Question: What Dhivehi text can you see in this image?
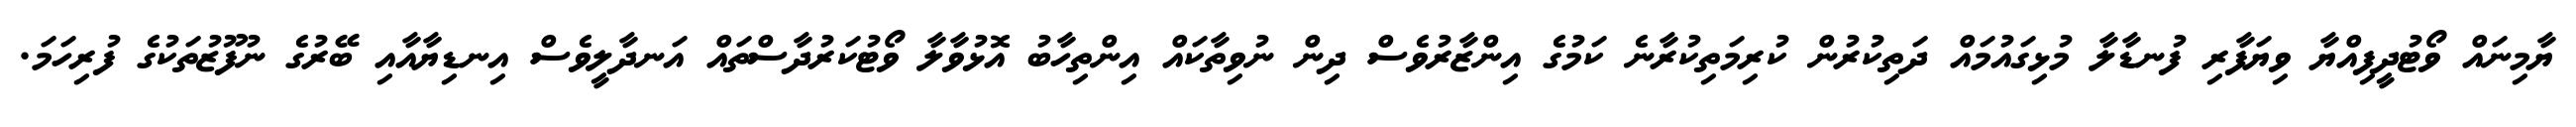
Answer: ޔާމިނައް ވޯޓުދީފިއްޔާ ވިޔަފާރި ފުނޑާލާ މުޅިގައުމައް ދަތިކުރުން ކުރިމަތިކުރާނެ ކަމުގެ އިންޒާރުވެސް ދިން ނުވިތާކައް އިންތިހާބު އޮޅުވާލާ ވޯޓުކަރުދާސްތައް އަނދާލީވެސް އިނޑިޔާއާއި ބޭރުގެ ނުފޫޒުތަކުގެ ފުރިހަމަ.